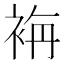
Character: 𮕾